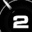
Digit: 2